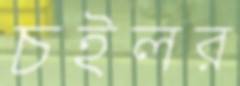
চইলর